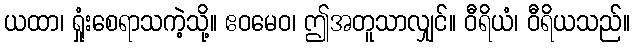
ယထာ၊ ရှုံးစေရာသကဲ့သို့။ ဧဝမေဝ၊ ဤအတူသာလျှင်။ ဝီရိယံ၊ ဝီရိယသည်။